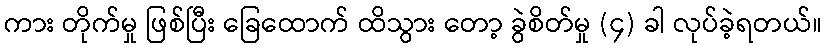
ကား တိုက်မှု ဖြစ်ပြီး ခြေထောက် ထိသွား တော့ ခွဲစိတ်မှု (၄) ခါ လုပ်ခဲ့ရတယ်။